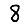
Digit: 8